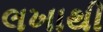
લખાથી